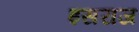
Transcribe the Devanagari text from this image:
इसराज